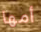
أمها